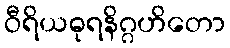
ဝီရိယဓုရနိဂ္ဂဟိတော